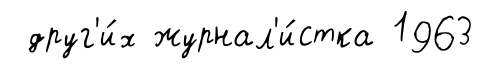
друг'и́х журнал'и́стка 1963